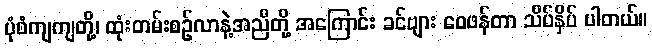
ပုံစံကျကျတို့၊ ထုံးတမ်းစဉ်လာနဲ့အညီတို့ အကြောင်း ခင်ဗျား ဝေဖန်တာ သိပ်နှိပ် ပါတယ်။